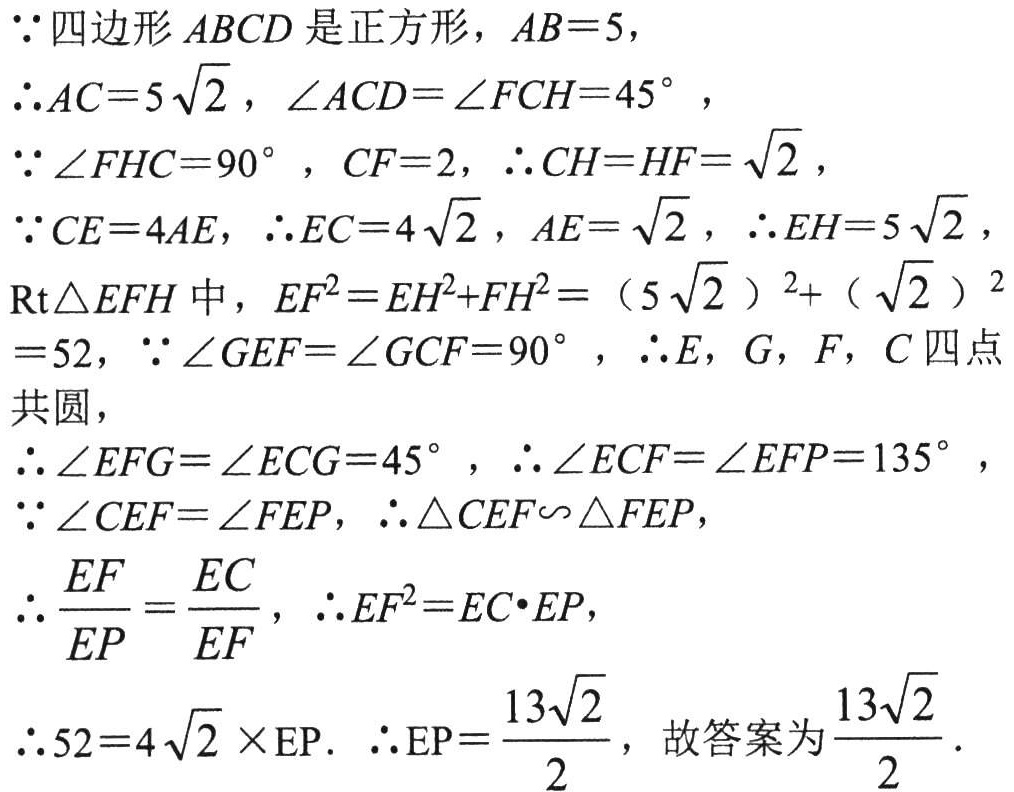
$\because$四边形$ABCD$是正方形，$AB = 5$，
$\therefore AC = 5\sqrt{2}$，$\angle ACD=\angle FCH = 45^{\circ}$，
$\because\angle FHC = 90^{\circ}$，$CF = 2$，$\therefore CH = HF=\sqrt{2}$，
$\because CE = 4AE$，$\therefore EC = 4\sqrt{2}$，$AE=\sqrt{2}$，$\therefore EH = 5\sqrt{2}$，
$\text{Rt}\triangle EFH$中，$EF^{2}=EH^{2}+FH^{2}=(5\sqrt{2})^{2}+(\sqrt{2})^{2}=52$，$\because\angle GEF=\angle GCF = 90^{\circ}$，$\therefore E$，$G$，$F$，$C$四点共圆，
$\therefore\angle EFG=\angle ECG = 45^{\circ}$，$\therefore\angle ECF=\angle EFP = 135^{\circ}$，
$\because\angle CEF=\angle FEP$，$\therefore\triangle CEF\backsim\triangle FEP$，
$\therefore\frac{EF}{EP}=\frac{EC}{EF}$，$\therefore EF^{2}=EC\cdot EP$，
$\therefore52 = 4\sqrt{2}\times\text{EP}$. $\therefore\text{EP}=\frac{13\sqrt{2}}{2}$，故答案为$\frac{13\sqrt{2}}{2}$.